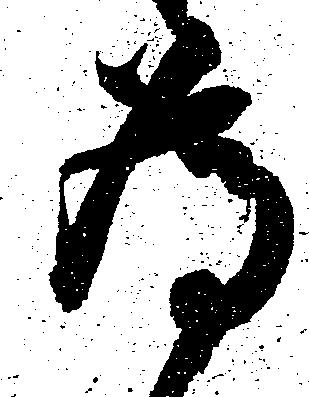
為